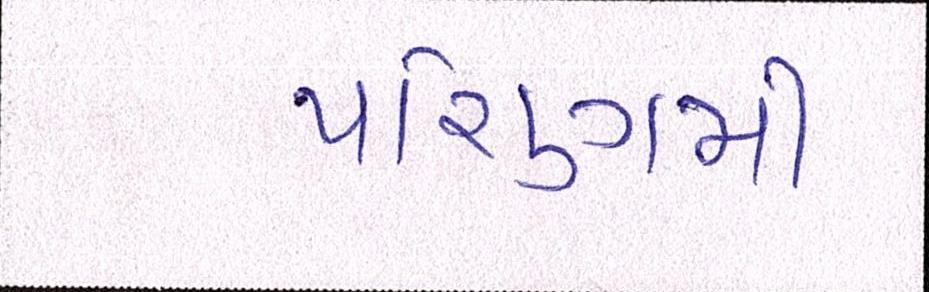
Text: પરિણમી